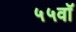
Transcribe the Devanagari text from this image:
५५वॉ